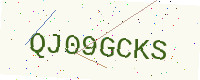
Text: QJ09GCKS